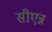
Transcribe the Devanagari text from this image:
सीएन्न